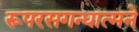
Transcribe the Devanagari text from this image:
रूपरसगन्धात्मने